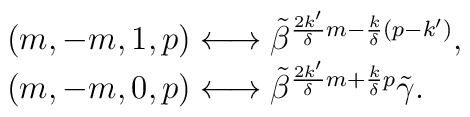
\begin{array}{l}(m,-m,1,p) \longleftrightarrow \tilde{\beta}^{\frac{2k'}{\delta}m-\frac{k}{\delta}(p-k')},  \\(m,-m,0,p) \longleftrightarrow \tilde{\beta}^{\frac{2k'}{\delta}m+\frac{k}{\delta}p} \tilde{\gamma}.\end{array}